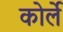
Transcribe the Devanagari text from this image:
कोर्ले